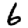
Digit: 6